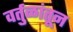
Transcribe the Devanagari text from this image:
वर्तुळांतून